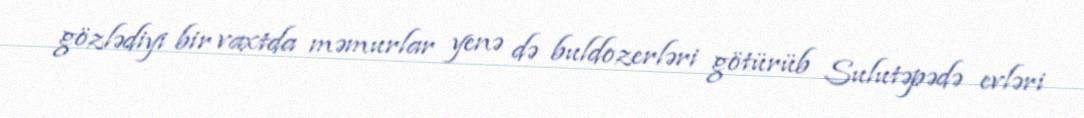
gözlədiyi bir vaxtda məmurlar yenə də buldozerləri götürüb Sulutəpədə evləri